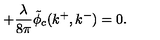
+ { \frac { \lambda } { 8 \pi } } \tilde { \phi } _ { c } ( k ^ { + } , k ^ { - } ) = 0 .